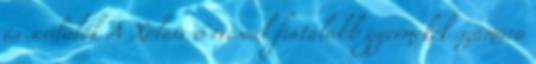
és serdülők A Xolair 6 évesnél fiatalabb gyermekek számára